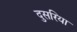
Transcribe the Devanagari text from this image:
दुसरिया